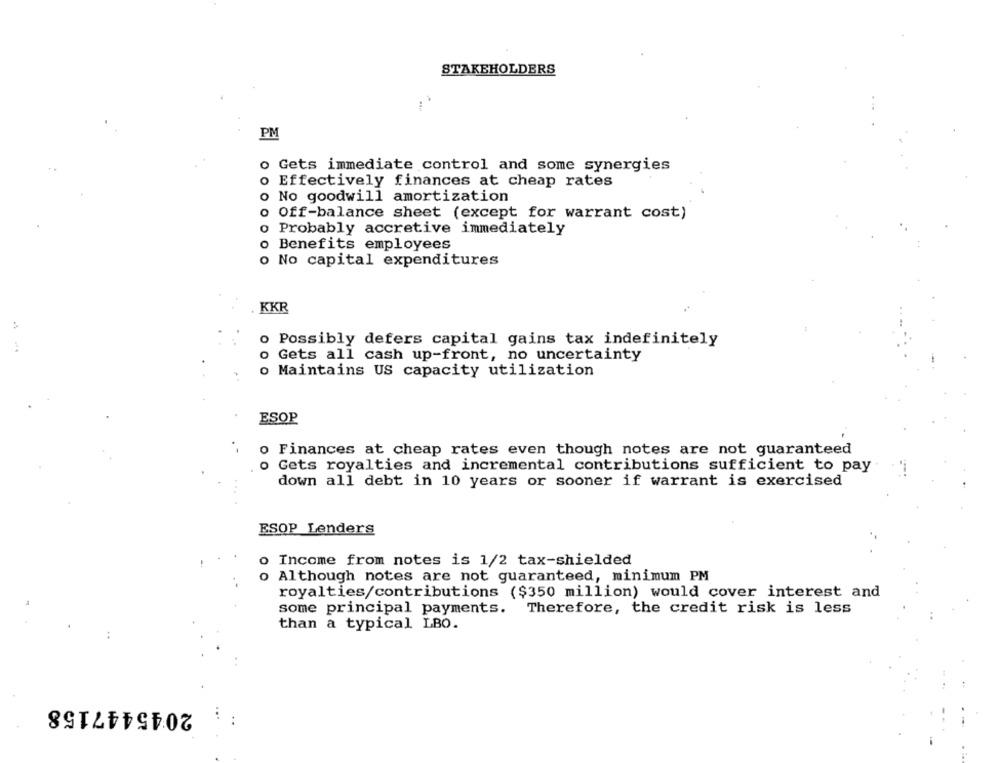
STAKEHOLDERS
PM
Gets immediate control and some synergies
Effectively finances at cheap rates
o No goodwill amortization
Off-balance sheet (except for warrant cost)
Probably accretive immediately
o Benefits employees
No capital expenditures
KKR
o Possibly defers capital gains tax indefinitely
Gets all cash up-front, no uncertainty
o Maintains US capacity utilization
ESOP
Finances at cheap rates even though notes are not guaranteed
Gets royalties and incremental contributions sufficient to pay
down all debt in 10 years or sooner if warrant is exercised
ESOP Lenders
o Income from notes is 1/2 tax-shielded
o Although notes are not guaranteed, minimum PM
royalties/contributions ($350 million) would cover interest and
some principal payments. Therefore, the credit risk is less
than a typical LBO.
.+
2045447158